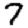
Digit: 7